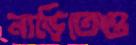
নাড়িতেও